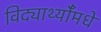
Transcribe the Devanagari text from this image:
विद्यार्थ्याँमधे